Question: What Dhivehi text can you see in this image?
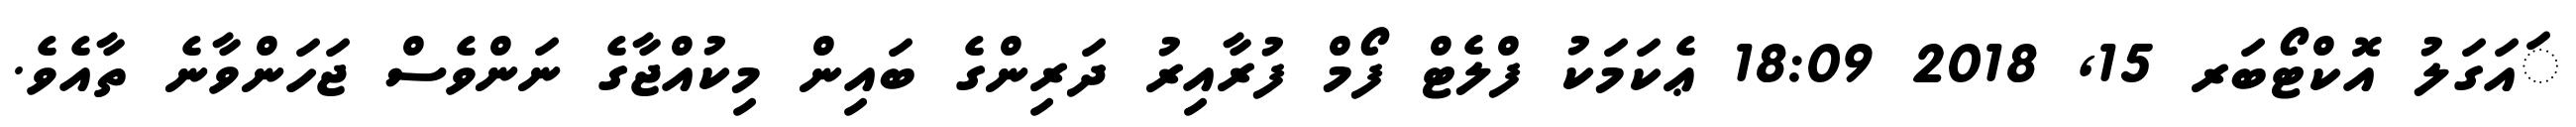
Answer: ައަގަލު އޮކްޓޯބަރ 15, 2018 18:09 ޢެކަމަކު ފްލެޓް ފޯމް ފުރާއިރު ދަރިންގެ ބައިން މިކުއްޖާގެ ނަންވެސް ޖަހަންވާނެ ތާއެވެ.